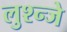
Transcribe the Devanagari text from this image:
लुश्न्जे